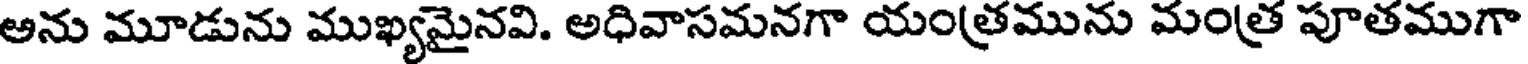
అను మూడును ముఖ్యమైనవి. అధివాసమనగా యం(త్రమును మం(త్ర పూతముగా